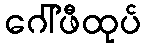
ဂေါ်ဖီထုပ်